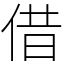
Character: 借